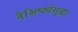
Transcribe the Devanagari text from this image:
वैशिष्ट्येसुद्धा